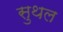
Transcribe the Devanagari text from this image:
सुथल